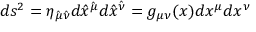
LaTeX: d s ^ { 2 } = \eta _ { \hat { \mu } \hat { \nu } } d \hat { x } ^ { \hat { \mu } } d \hat { x } ^ { \hat { \nu } } = g _ { \mu \nu } ( x ) d x ^ { \mu } d x ^ { \nu }